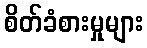
စိတ်ခံစားမှုများ